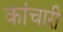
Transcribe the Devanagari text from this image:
कांचारी